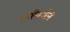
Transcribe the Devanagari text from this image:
रोसीस्की